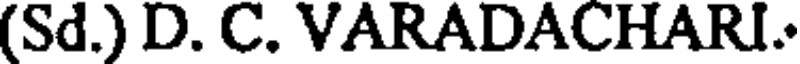
(Sd.) D. C. VARADACHARI.